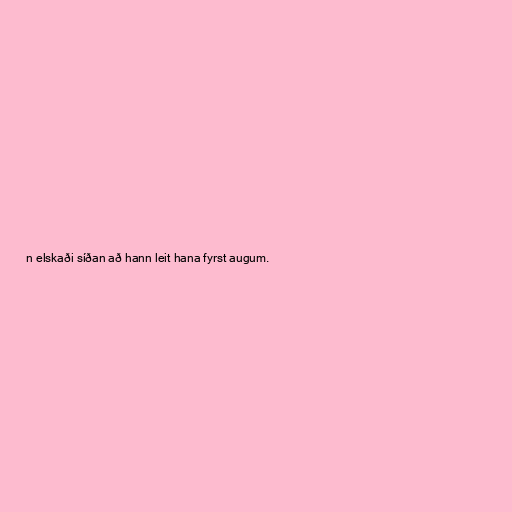
n elskaði síðan að hann leit hana fyrst augum.